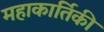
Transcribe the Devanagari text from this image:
महाकार्तिकी